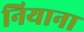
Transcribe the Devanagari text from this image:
नियाना